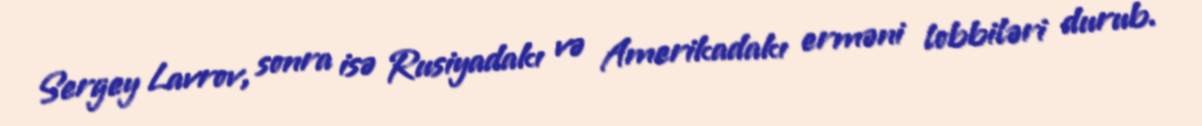
Sergey Lavrov, sonra isə Rusiyadakı və Amerikadakı erməni lobbiləri durub.